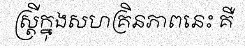
ស្ត្រីក្នុងសហគ្រិនភាពនេះ គឺ